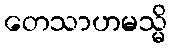
တေသာဟမသ္မိ